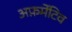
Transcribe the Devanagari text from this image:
अफ़र्मेटिव